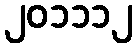
၂၀၁၁၁၂